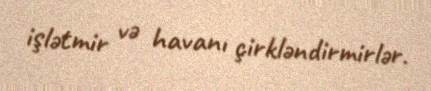
işlətmir və havanı çirkləndirmirlər.